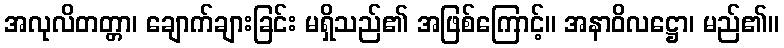
အလုလိတတ္တာ၊ ချောက်ချားခြင်း မရှိသည်၏ အဖြစ်ကြောင့်။ အနာဝိလဋ္ဌော၊ မည်၏။